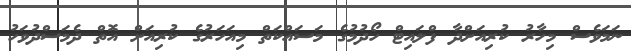
ނަމަވެސް މިހާރު ކުރިއަށްދާ ފްލައިޓް ހޯދުމުގެ މަސައްކަތް މިއަހަރުގެ ކުރިއަށް އޮތް ދެމަސްދުވަހު